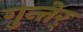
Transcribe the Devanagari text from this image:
गुन्तेर्